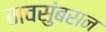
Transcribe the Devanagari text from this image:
नवसुंबरान